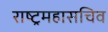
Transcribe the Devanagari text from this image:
राष्ट्रमहासचिव